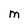
Character: M